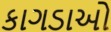
કાગડાઓ